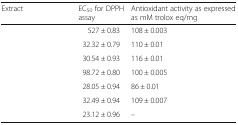
<table><thead><tr><td><b>Extract</b></td><td><b>EC<sub>50</sub> for DPPH assay</b></td><td><b>Antioxidant activity as expressed as mM trolox eq/mg</b></td></tr></thead><tbody><tr><td>[EMPTY_CELL]</td><td>527 ± 0.83</td><td>108 ± 0.003</td></tr><tr><td>[EMPTY_CELL]</td><td>32.32 ± 0.79</td><td>110 ± 0.01</td></tr><tr><td>[EMPTY_CELL]</td><td>30.54 ± 0.93</td><td>116 ± 0.01</td></tr><tr><td>[EMPTY_CELL]</td><td>98.72 ± 0.80</td><td>100 ± 0.005</td></tr><tr><td>[EMPTY_CELL]</td><td>28.05 ± 0.94</td><td>86 ± 0.01</td></tr><tr><td>[EMPTY_CELL]</td><td>32.49 ± 0.94</td><td>109 ± 0.007</td></tr><tr><td>[EMPTY_CELL]</td><td>23.12 ± 0.96</td><td>–</td></tr></tbody></table>